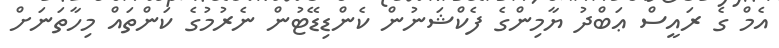
އެމް ގެ ރައީސް ޢަބްދު ޔާމިންގެ ފެކްޝަނުން ކެންޑިޑޭޓުން ނެރުމުގެ ކަންތައް މިހާތަނަށް